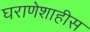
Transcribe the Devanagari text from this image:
घराणेशाहीस